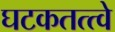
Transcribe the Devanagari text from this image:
घटकतत्त्वे